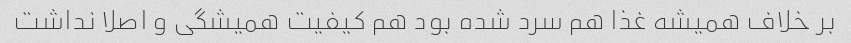
بر خلاف همیشه غذا هم سرد شده بود هم کیفیت همیشگی و اصلا نداشت